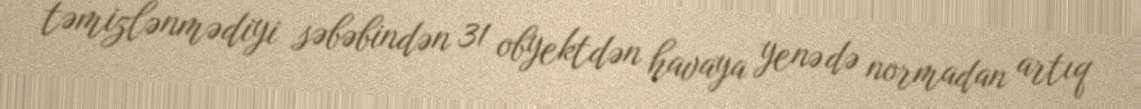
təmizlənmədiyi səbəbindən 31 obyektdən havaya yenə də normadan artıq